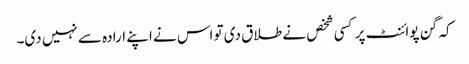
کہ گن پوائنٹ پر کسی شخص نے طلاق دی تو اس نے اپنے ارادہ سے نہیں دی۔